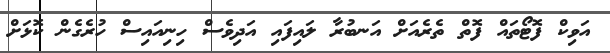
އަވިކް ފޮޓޯތައް ފޮތް ތެރެއަށް އަނބުރާ ލައިފައި އަދިވެސް ހިނިއައިސް ހުރެގެން ކޮޅަށް